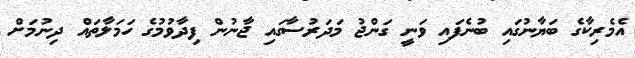
އެމެރިކާގެ ބަޔާނުގައި ބުނެފައި ވަނީ ގަންޖު މަދަރުސާގައި ޖާނުން ފިދާވުމުގެ ހަމަލާތައް ދިނުމަށް